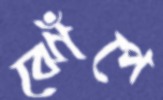
ঝোঁপে